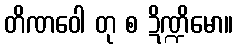
တိဏဝေါ တု စ ဍိဏ္ဍိမော။